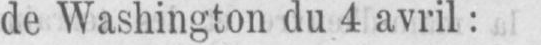
de Washington du 4 avril: